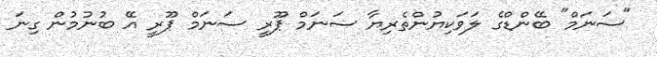
"ސަނަމް" ބޭންޑްގެ ލަވަކިޔުންތެރިޔާ ސަނަމް ޕޫރީ ސަނަމް ޕޫރީ އޭ ބުނުމުން ގިނަ